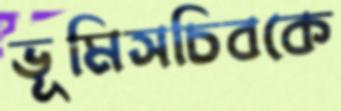
ভূমিসচিবকে